Annual vaccination report of Bihar and Orissa - 1911-1928
Year: 1911
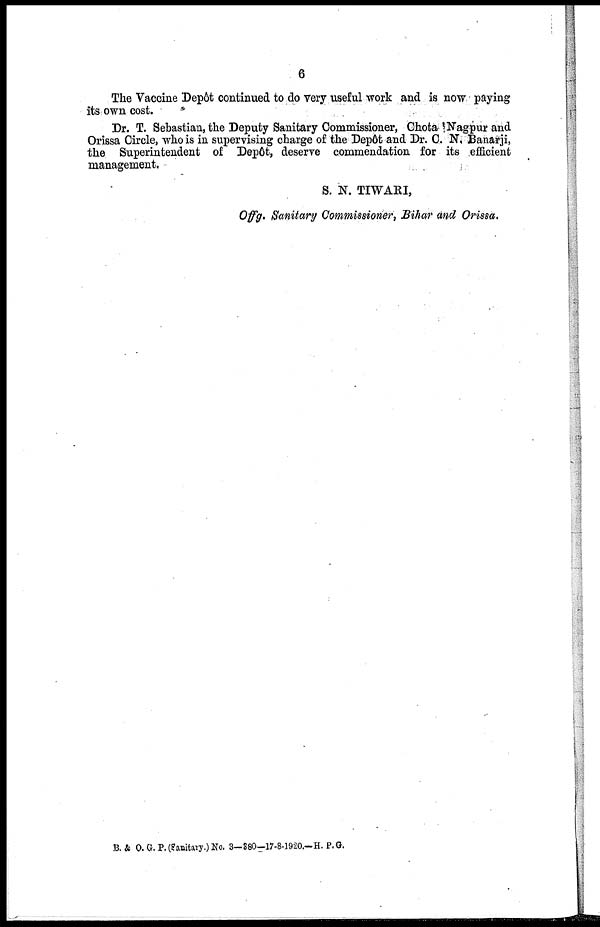
6
The Vaccine Depôt continued to do very useful work and is now paying
its own cost.
Br. T. Sebastian, the Deputy Sanitary Commissioner, Ghota Nagpur and
Orissa Circle, who is in supervising charge of the Dep6t and Dr. C. N. Banarji,
the Superintendent of Dep6t, deserve commendation for its efficient
management.
S. N. TIWARI,
Offg. Sanitary Commissioner, Bihar and Orissa.
B. & O. G. P.(Sanitary.) No. 3-880-17-8-1920.-H. P. G.